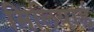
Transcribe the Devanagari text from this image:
मिलियार्ड